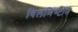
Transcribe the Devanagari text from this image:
विलमिंग्टॉन